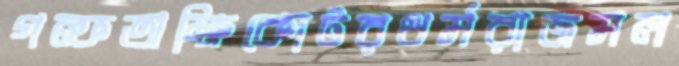
গল্ফঅক্ষিকোটরধর্মরাজমল